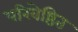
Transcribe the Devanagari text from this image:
परिवेष्ठित